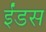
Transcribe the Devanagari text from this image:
ईंडस